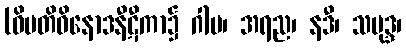
(ဝိမတိဝိနောဒနီဋီကာ၌ ဂါမ၊ အရည၊ နဒီ၊ သမုဒ္ဒ၊